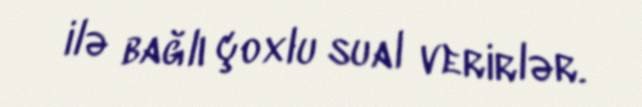
ilə bağlı çoxlu sual verirlər.